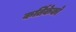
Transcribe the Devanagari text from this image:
कर्तिकेको